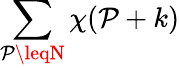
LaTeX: \sum_{\mathcal{P}\leqN}\chi(\mathcal{P}+k)